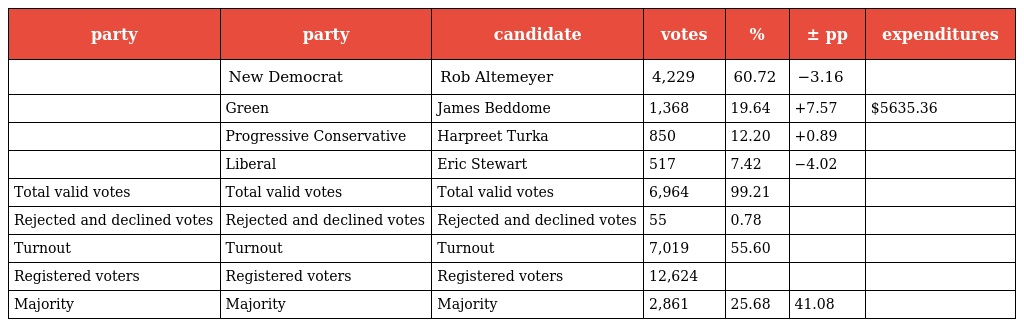
| party | party | candidate | votes | % | ± pp | expenditures |
 | --- | --- | --- | --- | --- | --- | --- |
 |  | New Democrat | Rob Altemeyer | 4,229 | 60.72 | −3.16 |  |
 |  | Green | James Beddome | 1,368 | 19.64 | +7.57 | $5635.36 |
 |  | Progressive Conservative | Harpreet Turka | 850 | 12.20 | +0.89 |  |
 |  | Liberal | Eric Stewart | 517 | 7.42 | −4.02 |  |
 | Total valid votes | Total valid votes | Total valid votes | 6,964 | 99.21 |  |  |
 | Rejected and declined votes | Rejected and declined votes | Rejected and declined votes | 55 | 0.78 |  |  |
 | Turnout | Turnout | Turnout | 7,019 | 55.60 |  |  |
 | Registered voters | Registered voters | Registered voters | 12,624 |  |  |  |
 | Majority | Majority | Majority | 2,861 | 25.68 | 41.08 |  |